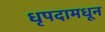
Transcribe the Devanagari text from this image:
धृपदामधून